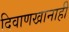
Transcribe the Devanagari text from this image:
दिवाणखानाही